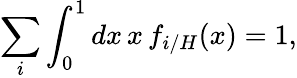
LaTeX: \sum_{i}\int_{0}^{1}dx\, x\, f_{i/H}(x)=1,